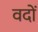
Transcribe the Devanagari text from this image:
वदों